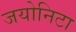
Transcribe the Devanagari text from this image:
जयोनिटा